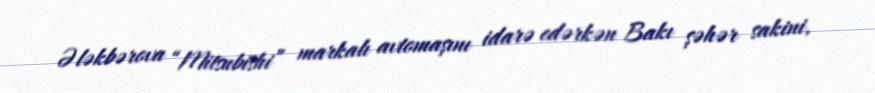
Ələkbərova “Mitsubishi” markalı avtomaşını idarə edərkən Bakı şəhər sakini,